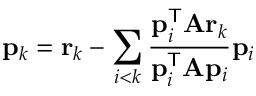
\mathbf { p } _ { k } = \mathbf { r } _ { k } - \sum _ { i < k } { \frac { \mathbf { p } _ { i } ^ { \mathsf { T } } \mathbf { A } \mathbf { r } _ { k } } { \mathbf { p } _ { i } ^ { \mathsf { T } } \mathbf { A } \mathbf { p } _ { i } } } \mathbf { p } _ { i }